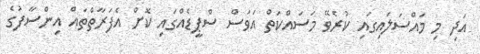
އަދި މި މައްސަލަައިގައި ކުރެވޭ މަސައްކަތް އަވަސް ސްޕީޑެއްގައި ކޮށް އެފަރާތްތައް އިންސާފުގެ